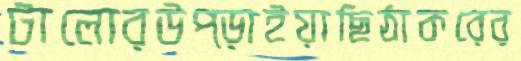
টালোরউপ্‌ড়াইয়াছিঠাকরের